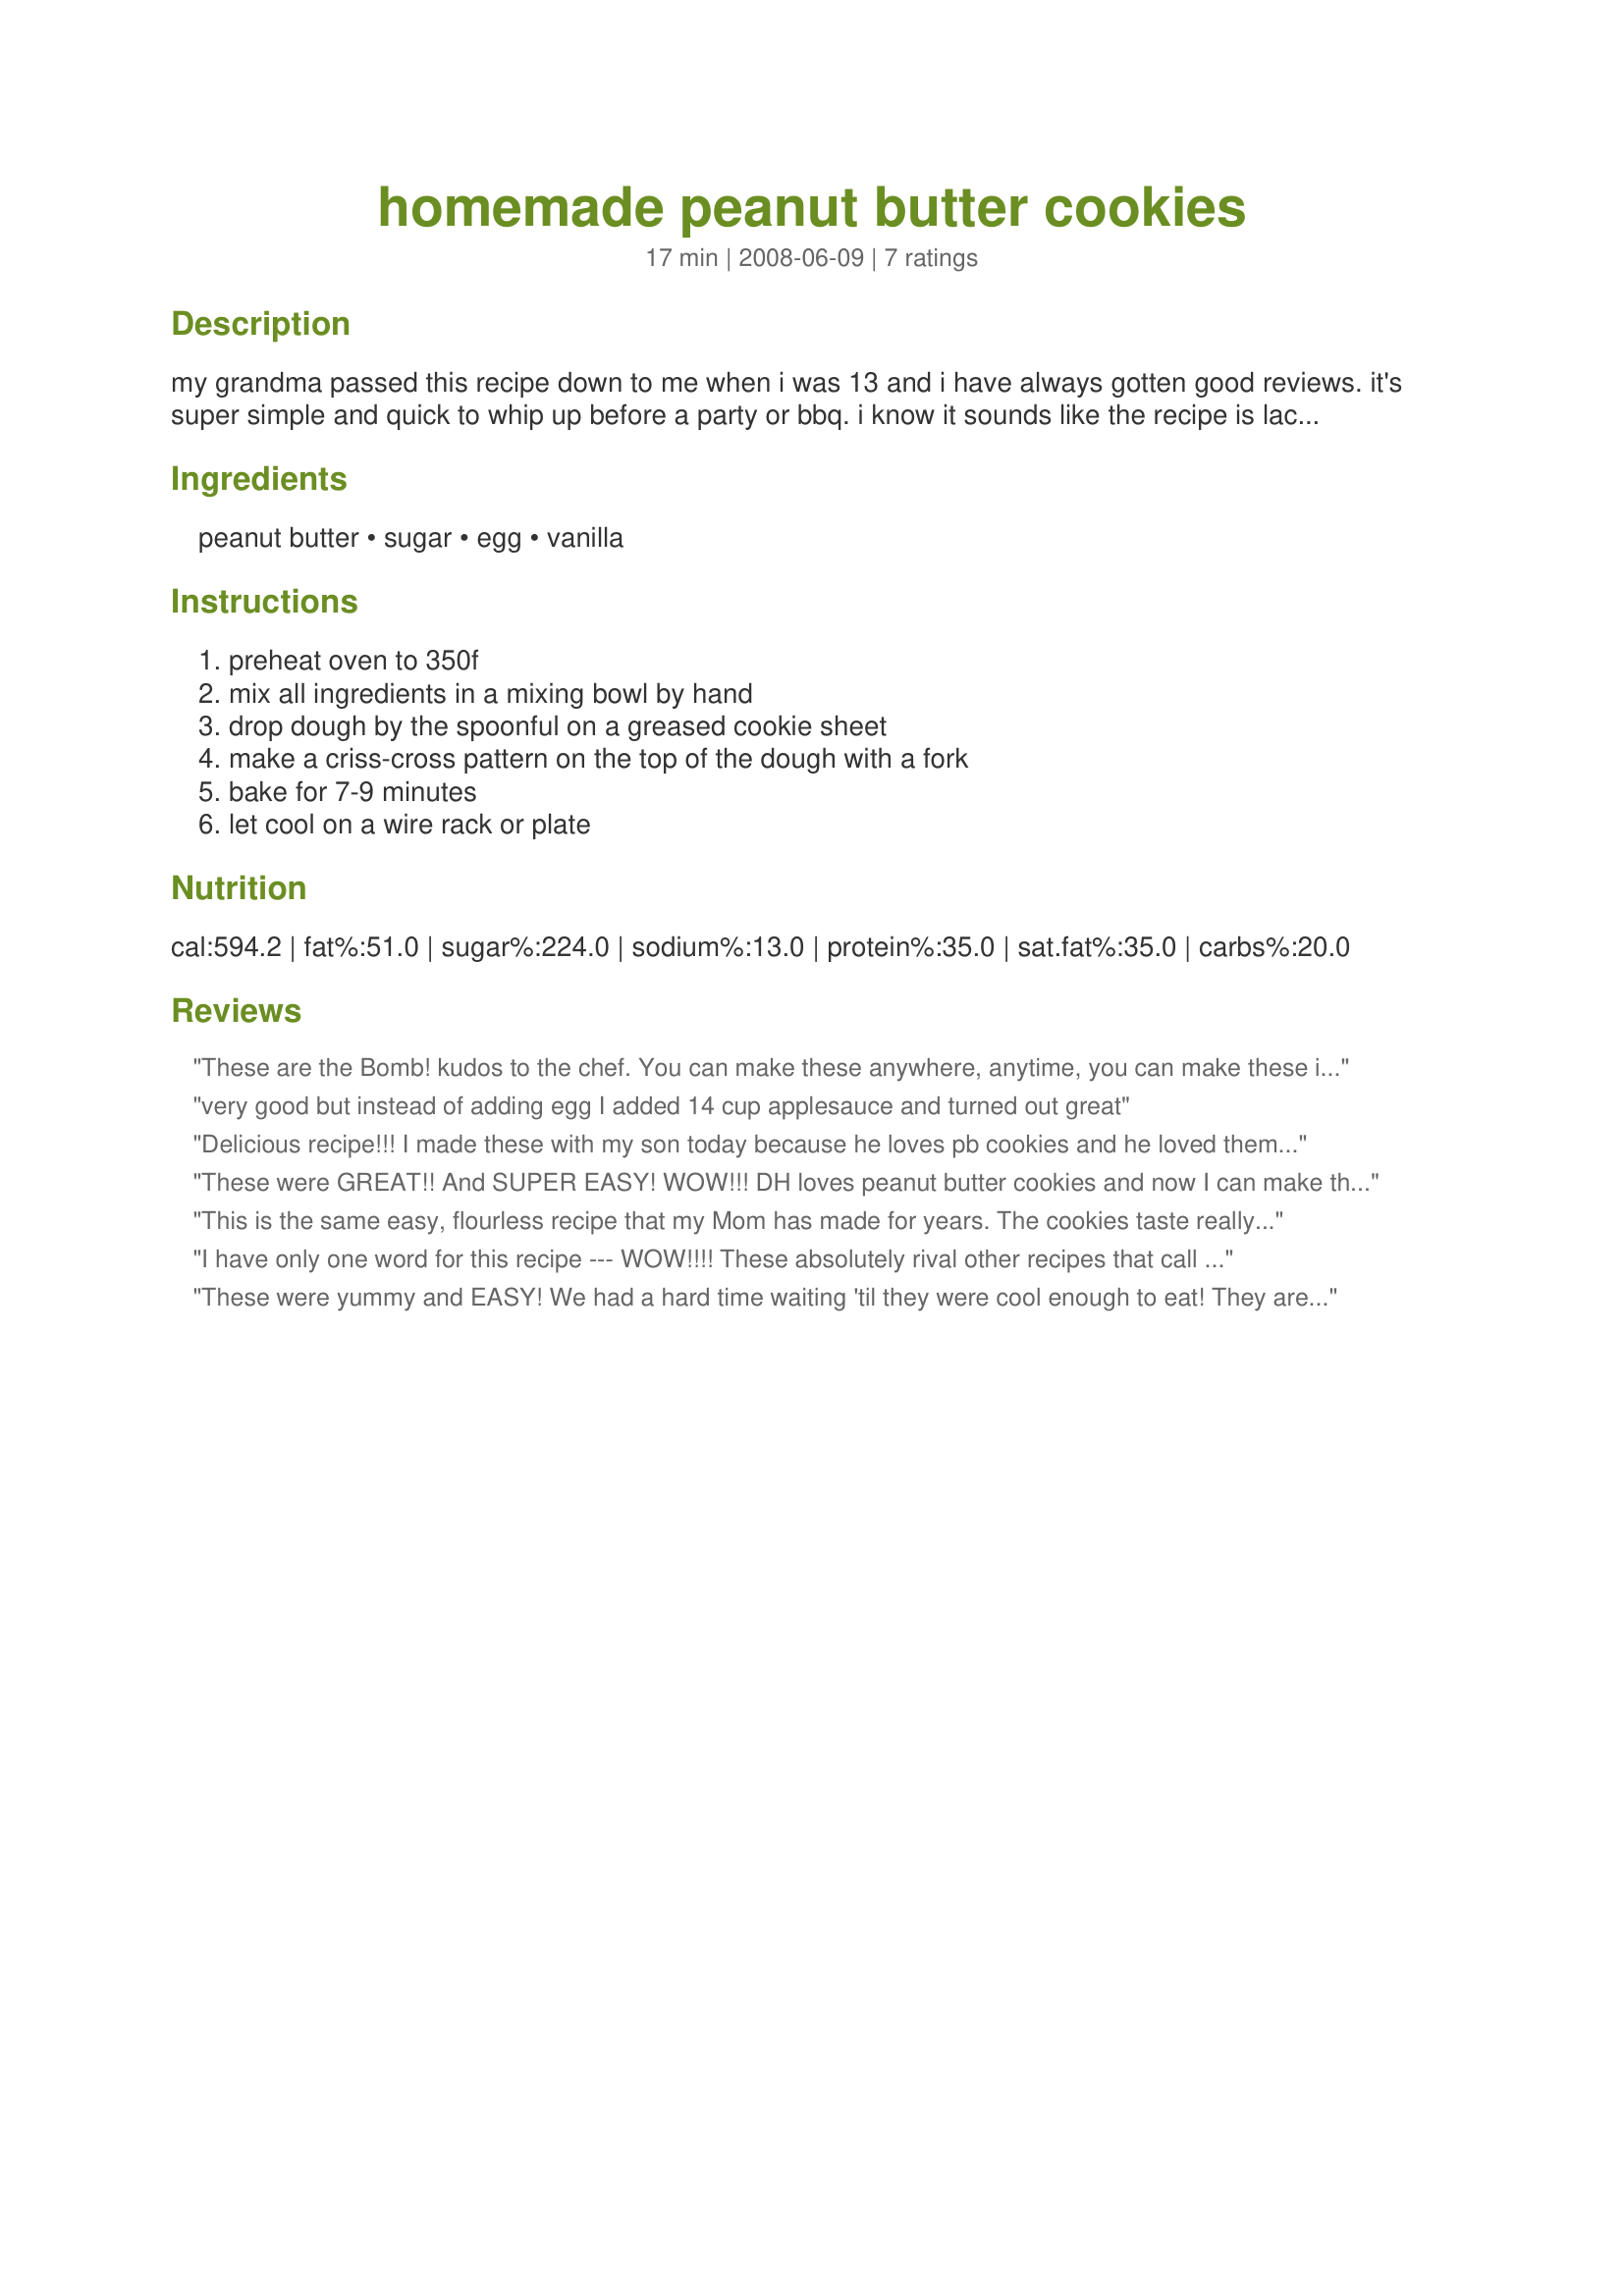
homemade peanut butter cookies
Preparation time: 17 minutes

my grandma passed this recipe down to me when i was 13 and i have always gotten good reviews. it's super simple and quick to whip up before a party or bbq. i know it sounds like the recipe is lacking something, but trust me on this one!

Ingredients:
peanut butter, sugar, egg, vanilla

Steps:
preheat oven to 350f, mix all ingredients in a mixing bowl by hand, drop dough by the spoonful on a greased cookie sheet, make a criss-cross pattern on the top of the dough with a fork, bake for 7-9 minutes, let cool on a wire rack or plate

Reviews:
These are the Bomb! kudos to the chef. You can make these anywhere, anytime, you can make these in a heartbeat they are so easy. They are delicious and they don't last long around my house. thanks. PS...no mess
very good but instead of adding egg I added 14 cup applesauce and turned out great
Delicious recipe!!! I made these with my son today because he loves pb cookies and he loved them!! We also made a 2nd batch and added banana and they were very yummy!! Great recipe overall. Thanks for sharing!
These were GREAT!! And SUPER EASY! WOW!!! DH loves peanut butter cookies and now I can make them in about 10 mins! Thanks Sarah F!!
This is the same easy, flourless recipe that my Mom has made for years. The cookies taste really good, but do NOT overcook. They may look a tad underdone when it's time to take them out, but will firm up when they have cooled. If you overcook these cookies, they will be dry and crumbly. This is a great recipe for kids to help with, because there is no flour to get everywhere. When you are craving something sweet, you can't find an easier cookie recipe to make than this one.
I have only one word for this recipe --- WOW!!!! These absolutely rival other recipes that call for more ingredients and more steps. This recipe has replaced all others for peanut butter cookies -- even my own mother's!
These were yummy and EASY! We had a hard time waiting 'til they were cool enough to eat! They are simple to make; not too much to clean up afterwards either :-)! Thanks, Sarah F, for a keeper!~made for PAC Spring '09.
